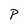
Character: P